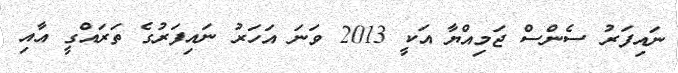
ނައިފަރު ސެންސް ޖަމިއްޔާ އަކީ 2013 ވަނަ އަހަރު ނައިފަރުގެ ތަރައްގީ އާއި